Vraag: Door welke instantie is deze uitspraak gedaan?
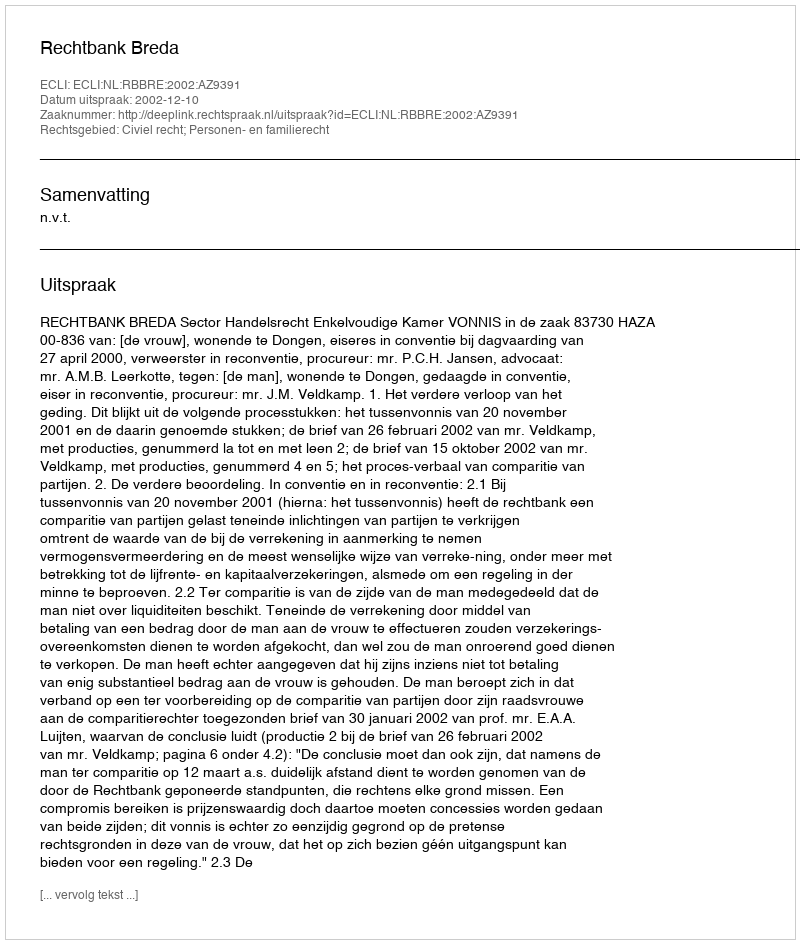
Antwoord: Rechtbank Breda